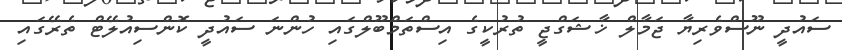
ސައުދީ ނޫސްވެރިޔާ ޖަމާލް ޚާޝަގްޖީ ތުރުކީގެ އިސްތަމްބޫލްގައި ހުންނަ ސައުދީ ކޮންސިއުލޭޓް ތެރޭގައި